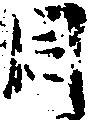
同